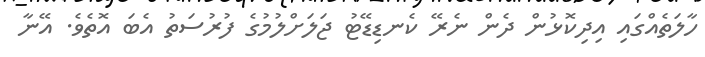
ހާލަތެއްގައި އިދިކޮޅުން ދެން ނެރޭ ކެނޑިޑޭޓު ޖަލަށްލުމުގެ ފުރުސަތު އެބަ އޮތެވެ. އޭނާ